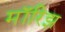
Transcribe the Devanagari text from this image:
मॉरिझ